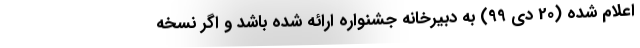
اعلام شده (20 دی 99) به دبیرخانه جشنواره ارائه شده باشد و اگر نسخه